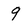
Character: 9